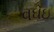
વઘઇ